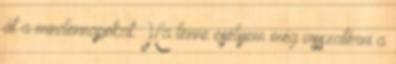
át a mindennapokat. Ha lenne esélyem még visszatérni a